Civil Veterinary Department Bihar & Orissa reports 1911-21 - 1911-1921
Year: 1911
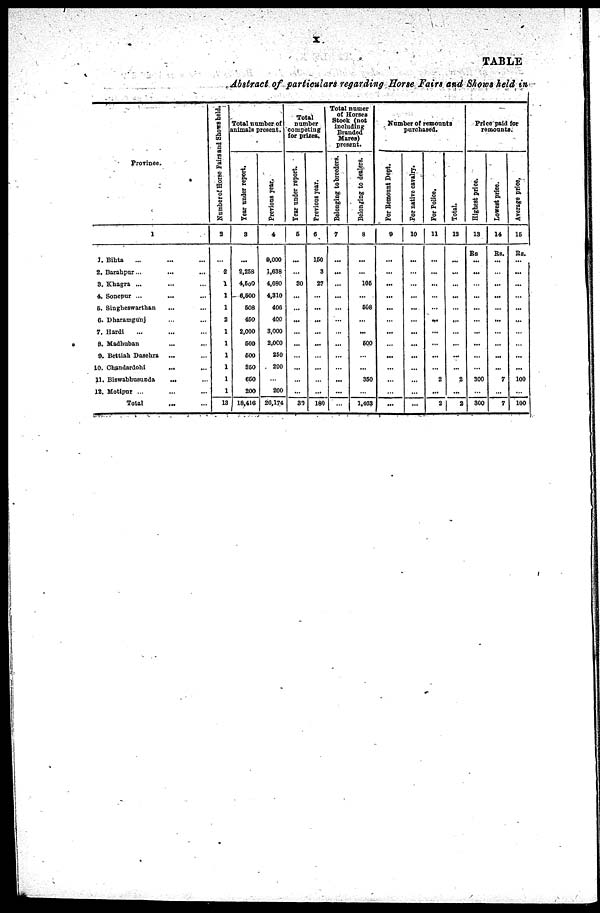
X.
TABLE
Abstract of particulars regarding Horse Fairs and Show held in
Province.
1
3. Bihta
... ... ...
2. Barahpur... ... ...
3. Khagra ... ... ...
4. Sonepur ... ... ...
5. Singheswarthan ... ...
6. Dharamgunj ... ...
7. Hardi ... ... ...
8. Madhuban ... ...
9. Bettiah Dasehra ... ...
10.
Chandardohi
... ...
11. Biswabhusanda
... ...
12. Motipur ... ... ...
Total ... ...
Number of Horse Fairs and Shows held.
2
1
2
1
1
1
2
1
1
1
1
1
1
13
Total number of
animals present.
Year under report.
3
...
2,268
4,500
6,500
508
450
2,000
500
600
350
650
200
18,416
Previous year.
4
9,000
1,638
4,080
4,310
406
400
3,000
2,000
250
200
...
200
20,174
Total
number
competing
for prizes.
Year under report.
5
...
...
80
...
...
...
...
...
...
...
...
...
30
Previous year.
6
150
3
27
...
...
...
...
...
...
...
...
...
180
Total number
of Horses
Stock (not
including
Branded
Mares)
present.
Belonging to breeders.
7
...
...
...
...
...
...
...
...
...
...
...
...
...
Belonging to dealers.
8
...
...
105
...
508
...
...
500
...
...
350
...
1,463
Number of remounts
purchased.
For Remount Dept.
9
...
...
...
...
...
...
...
...
...
...
...
...
...
For native cavalry.
10
...
...
...
...
...
...
...
...
...
...
...
...
...
For Police.
11
...
...
...
...
...
...
...
...
...
...
2
...
2
Total.
12
...
...
...
...
...
...
...
...
...
...
2
...
2
Price paid for
remounts.
Highest price.
13
Rs
...
...
...
...
...
...
...
...
...
...
300
...
300
Lowest price.
14
Rs.
...
...
...
...
...
...
...
...
...
7
...
7
Average price,
15
Rs.
...
...
...
...
...
...
...
...
...
...
100
...
100